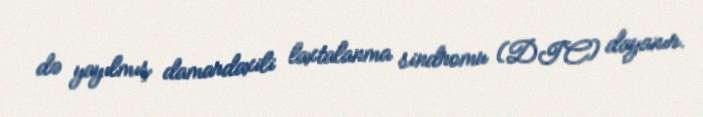
də yayılmış damardaxili laxtalanma sindromu (DIC) dayanır.